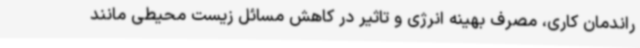
راندمان کاری، مصرف بهینه انرژی و تاثیر در کاهش مسائل زیست محیطی مانند